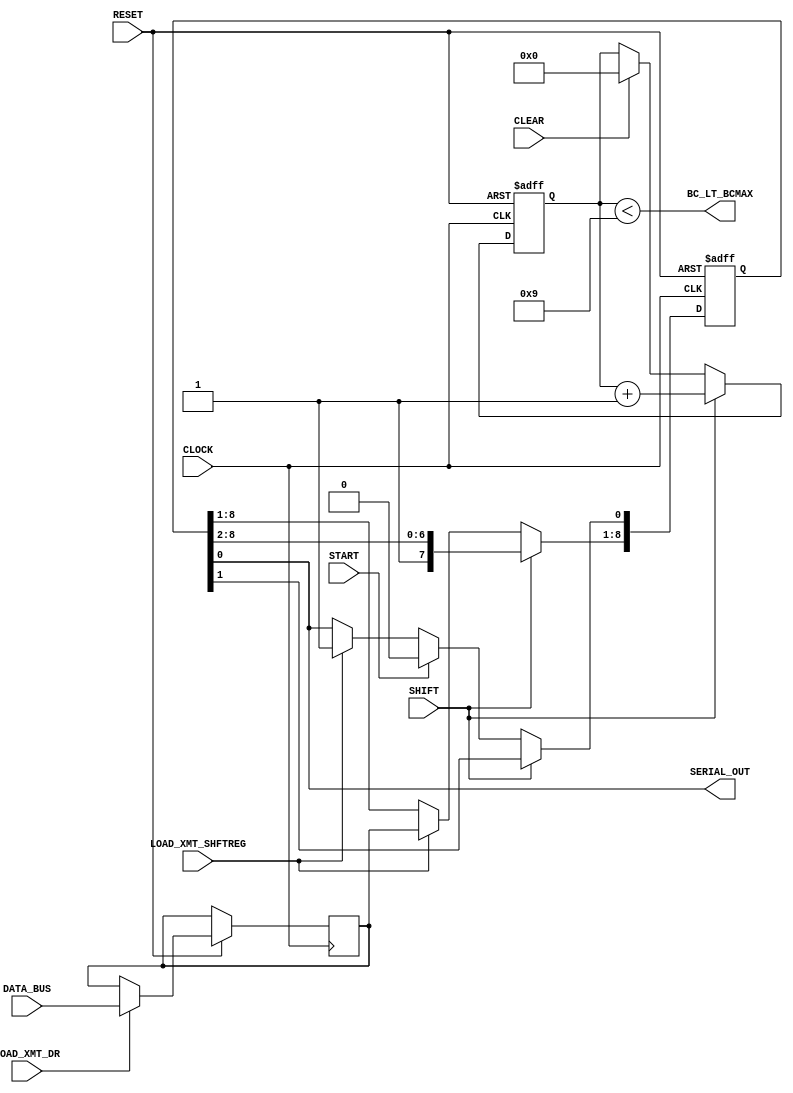
module Data_Path #(parameter WORD_SIZE = 8 , SIZE_BIT_COUNT = 3 , ALL_ONES = {(WORD_SIZE+1){1'b1}})(
  input CLOCK,
  input RESET,
  input [WORD_SIZE-1 : 0] DATA_BUS,
  input LOAD_XMT_DR,
  input LOAD_XMT_SHFTREG,
  input START,
  input SHIFT,
  input CLEAR,
  
  output SERIAL_OUT,
  output BC_LT_BCMAX
);
  reg [WORD_SIZE - 1 : 0] XMT_DATAREG;
  reg [WORD_SIZE : 0] XMT_SHFTREG;
  
  reg [SIZE_BIT_COUNT : 0] BIT_COUNT; 
  
  assign SERIAL_OUT = XMT_SHFTREG[0];
  assign BC_LT_BCMAX = (BIT_COUNT < WORD_SIZE + 1);
  
  always @ (posedge CLOCK , negedge RESET)
    begin
      if (~RESET)
        begin
          XMT_SHFTREG <= ALL_ONES;
          BIT_COUNT <= 0;
        end
      
      else
        begin
          if (LOAD_XMT_DR == 1)
            XMT_DATAREG <= DATA_BUS;
          if (LOAD_XMT_SHFTREG == 1)
            XMT_SHFTREG <= {XMT_DATAREG , 1'b1};
          if (START == 1)
            XMT_SHFTREG[0] <= 0;
          if (CLEAR == 1)
            BIT_COUNT <= 0;
          if (SHIFT == 1)
            begin
              XMT_SHFTREG <= {1'b1 , XMT_SHFTREG[WORD_SIZE : 1]};
              BIT_COUNT <= BIT_COUNT + 1;
            end
        end
    end
   
endmodule